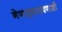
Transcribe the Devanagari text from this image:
नेणाऱ्यारावणाशी